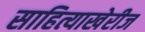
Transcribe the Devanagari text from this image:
साहित्याखेरीज